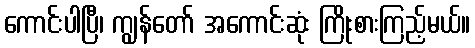
ကောင်းပါပြီ၊ ကျွန်တော် အကောင်းဆုံး ကြိုးစားကြည့်မယ်။